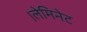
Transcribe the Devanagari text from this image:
।लेमिनेट